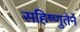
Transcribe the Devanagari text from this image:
सहिष्णुतेने